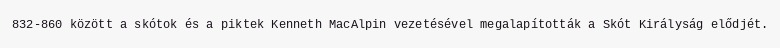
832-860 között a skótok és a piktek Kenneth MacAlpin vezetésével megalapították a Skót Királyság elődjét.